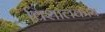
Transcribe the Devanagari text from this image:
विशालकाय